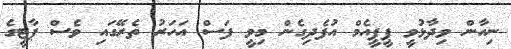
ނިހާން ވިދާޅުވީ ޕީޕީއެމް އުފެދިގެން މިވީ ފަސް އަހަރު ތެރޭގައި ވެސް ޕާޓީގެ